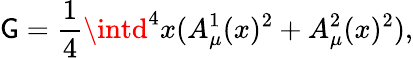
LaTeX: \mathsf{G}=\frac{{1}}{{4}}\intd^{4}x(A_{\mu}^{1}(x)^{2}+A_{\mu}^{2}(x)^{2}),